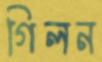
গিলন